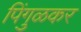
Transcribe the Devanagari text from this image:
पिंगुळकर